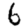
Digit: 6